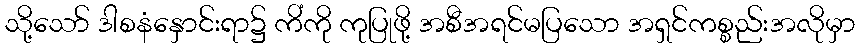
သို့သော် ဒါစနံနှောင်းရာ၌ ကိံကို ကုပြုဖို့ အစီအရင်မပြသော အရှင်ကစ္စည်းအလိုမှာ